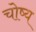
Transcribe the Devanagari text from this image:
चोष्य